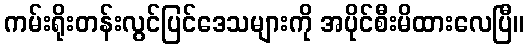
ကမ်းရိုးတန်းလွင်ပြင်ဒေသများကို အပိုင်စီးမိထားလေပြီ။